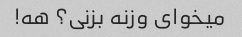
میخوای وزنه بزنی؟ هه!